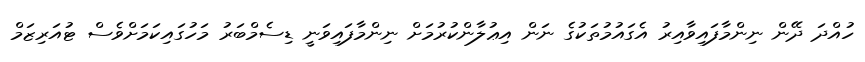
ހުއްދަ ދޭން ނިންމާފައިވާއިރު އެގައުމުތަކުގެ ނަން އިޢުލާންކުރުމަށް ނިންމާފައިވަނީ ޑިސެމްބަރު މަހުގައިކަމަށްވެސް ޓުއަރިޒަމް